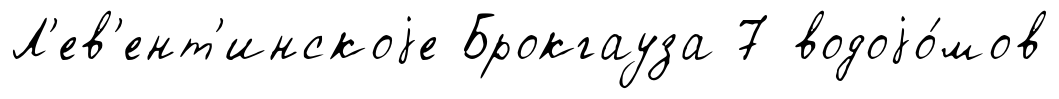
Л'ев'ент'инскоjе Брокгауза 7 водоjо́мов